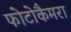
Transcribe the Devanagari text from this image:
फोटोकैमरा